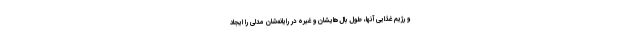
و رژیم غذایی آنها، طول بال‌هایشان و غیره در رایانه‌شان مدلی را ایجاد